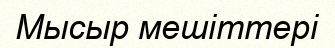
Мысыр мешіттері